Annual report of the Punjab Veterinary College and of the Civil Veterinary Department, Punjab - 1920-1925
Year: 1920
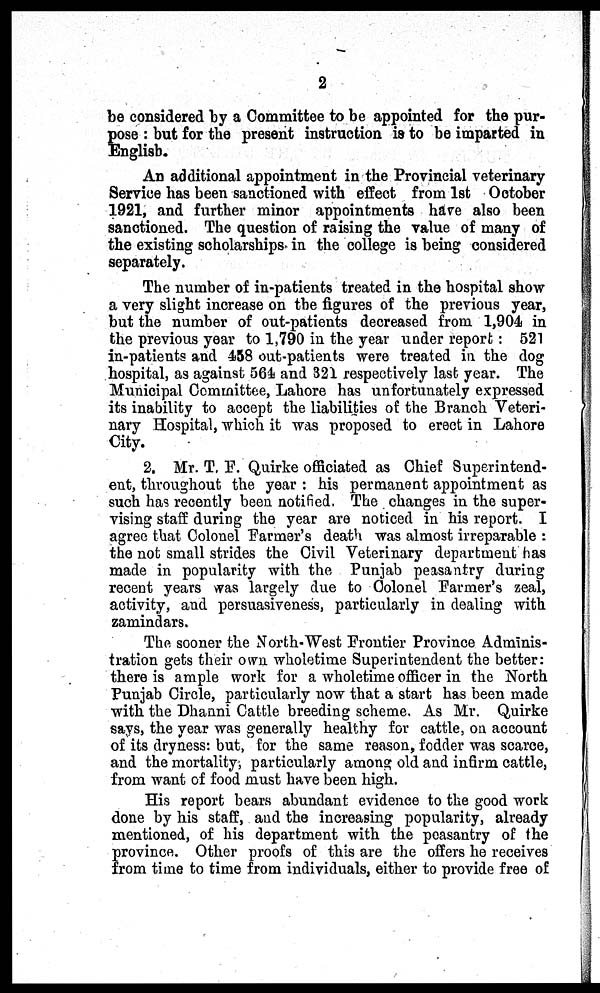
2
be considered by a Committee to be appointed for the pur-
pose: but for the present instruction is to be imparted in
English.
An additional appointment in the Provincial veterinary
Service has been sanctioned with effect from 1st October
1921, and further minor appointments have also been
sanctioned. The question of raising the value of many of
the existing scholarships in the college is being considered
separately.
The number of in-patients treated in the hospital show
a very slight increase on the figures of the previous year,
but the number of out-patients decreased from 1,904 in
the previous year to 1,790 in the year under report: 521
in-patients and 458 out-patients were treated in the dog
hospital, as against 564 and 321 respectively last year. The
Municipal Committee, Lahore has unfortunately expressed
its inability to accept the liabilities of the Branch Veteri-
nary Hospital, which it was proposed to erect in Lahore
City.
2. Mr. T. F. Quirke officiated as Chief Superintend-
ent, throughout the year: his permanent appointment as
such has recently been notified. The changes in the super-
vising staff during the year are noticed in his report. I
agree that Colonel Farmer's death was almost irreparable:
the not small strides the Civil Veterinary department has
made in popularity with the Punjab peasantry during
recent years was largely due to Colonel Farmer's zeal,
activity, and persuasiveness, particularly in dealing with
zamindars.
The sooner the North-West Frontier Province Adminis-
tration gets their own wholetime Superintendent the better:
there is ample work for a wholetime officer in the North
Punjab Circle, particularly now that a start has been made
with the Dhanni Cattle breeding scheme. As Mr. Quirke
says, the year was generally healthy for cattle, on account
of its dryness: but, for the same reason, fodder was scarce,
and the mortality, particularly aniong old and infirm cattle,
from want of food must have been high.
His report bears abundant evidence to the good work
done by his staff, and the increasing popularity, already
mentioned, of his department with the peasantry of the
province. Other proofs of this are the offers he receives
from time to time from individuals, either to provide free of